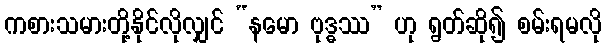
ကစားသမားတို့နိုင်လိုလျှင် “နမော ဗုဒ္ဓဿ” ဟု ရွတ်ဆို၍ စမ်းရမလို